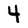
Character: 4